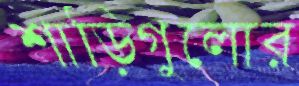
শাড়িগুলোর